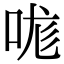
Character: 哤